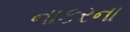
નાકરના